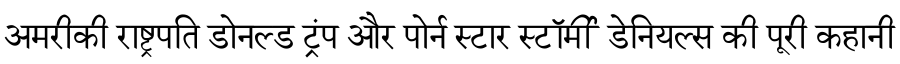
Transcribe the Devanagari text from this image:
अमरीकी राष्ट्रपति डोनल्ड ट्रंप और पोर्न स्टार स्टॉर्मी डेनियल्स की पूरी कहानी